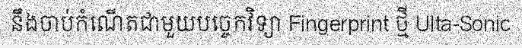
នឹងចាប់កំណើតជាមួយបច្ចេកវិទ្យា Fingerprint ថ្មី Ulta-Sonic